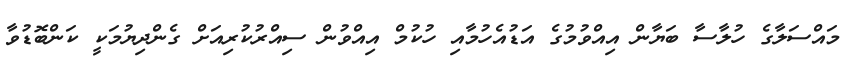
މައްސަލާގެ ހުލާސާ ބަޔާން އިއްވުމުގެ އަޑުއެހުމާއި ހުކުމް އިއްވުން ސިއްރުކުރިއަށް ގެންދިޔުމަކީ ކަންބޮޑުވާ